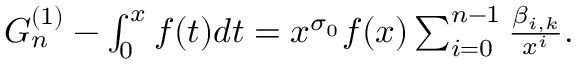
\begin{array} { r } { G _ { n } ^ { ( 1 ) } - \int _ { 0 } ^ { x } f ( t ) d t = x ^ { \sigma _ { 0 } } f ( x ) \sum _ { i = 0 } ^ { n - 1 } \frac { \beta _ { i , k } } { x ^ { i } } . } \end{array}